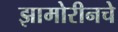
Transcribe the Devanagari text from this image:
झामोरीनचे